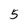
Character: 5